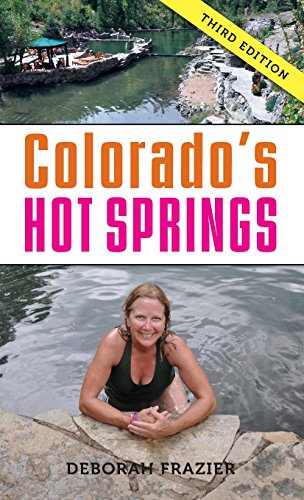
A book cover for Colorado's Hot Springs (The Pruett Series); Deborah Frazier; Travel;